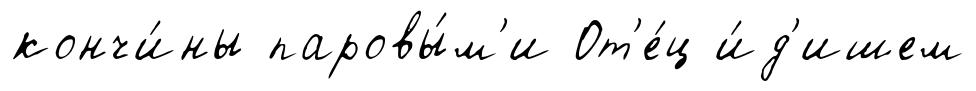
кончи́ны паровы́м'и От'е́ц и́д'ишем